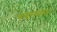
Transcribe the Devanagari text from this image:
बन्दानवाज